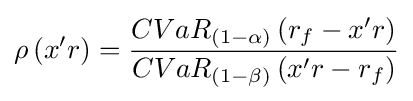
\rho \left({x'r}\right)={\frac {CVa{R_{(1-\alpha )}}\left({{r_{f}}-x'r}\right)}{CVa{R_{(1-\beta )}}\left({x'r-{r_{f}}}\right)}}